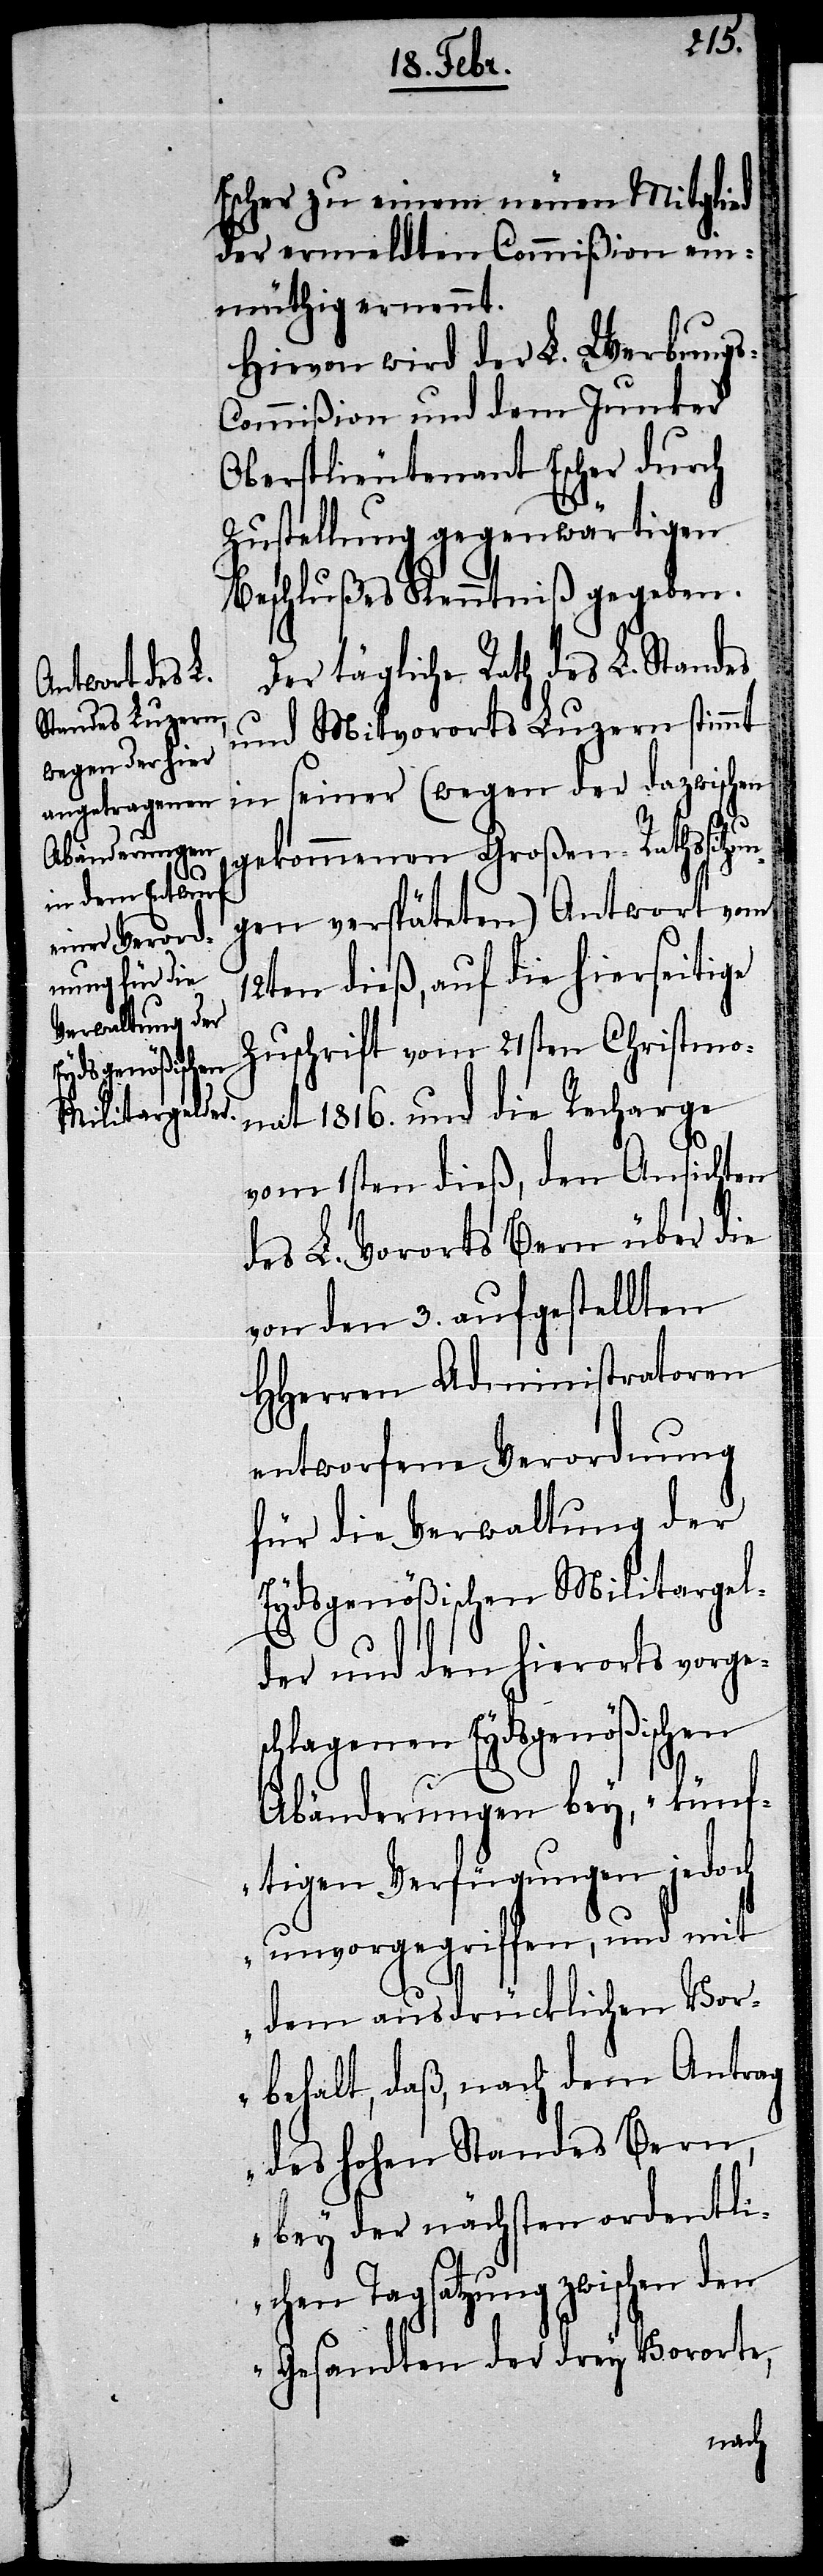
Escher zu einem neuen Mitglied
der ermeldten Commißion ein¬
müthig ernennt.
Hievon wird der L. Werbung¬
s-Commißion und dem Junker
Oberstlieutenant Escher durch
Zustellung gegenwärtigen
Beschlußes Kenntniß gegeben.
Der tägliche Rath des L. Standes
und Mitvororts Luzern stimmt
in seiner (wegen der dazwischen
gekommenen Großen-Rathssitzun¬
gen verspäteten) Antwort vom
12ten dieß, auf die hierseitige
Zuschrift vom 21sten Christmo¬
nat 1816. und die Recharge
vom 1sten dieß, den Ansichten
des L. Vororts Bern über die
von den 3. aufgestellten
HHerren Administratoren
entworfene Verordnung
für die Verwaltung der
Eydsgenößischen Militargel¬
der und den hierorts vorges¬
chlagenen Eydsgenößischen
Abänderungen bey, „künf¬
tigen Verfügungen jedoch
unvorgegriffen, und mit
dem ausdrücklichen Vor¬
behalt, daß, nach dem Antrag
des hohen Standes Bern,
bey der nächsten ordentli¬
chen Tagsatzung zwischen den
Gesandten der drey Vororte,